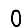
Digit: 0